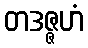
တဒဇ္ဇဟံ